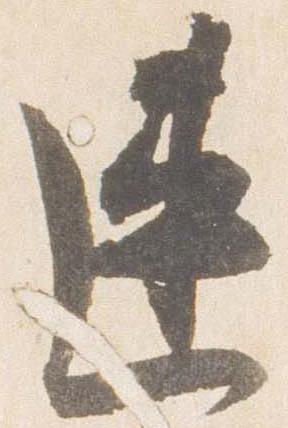
連